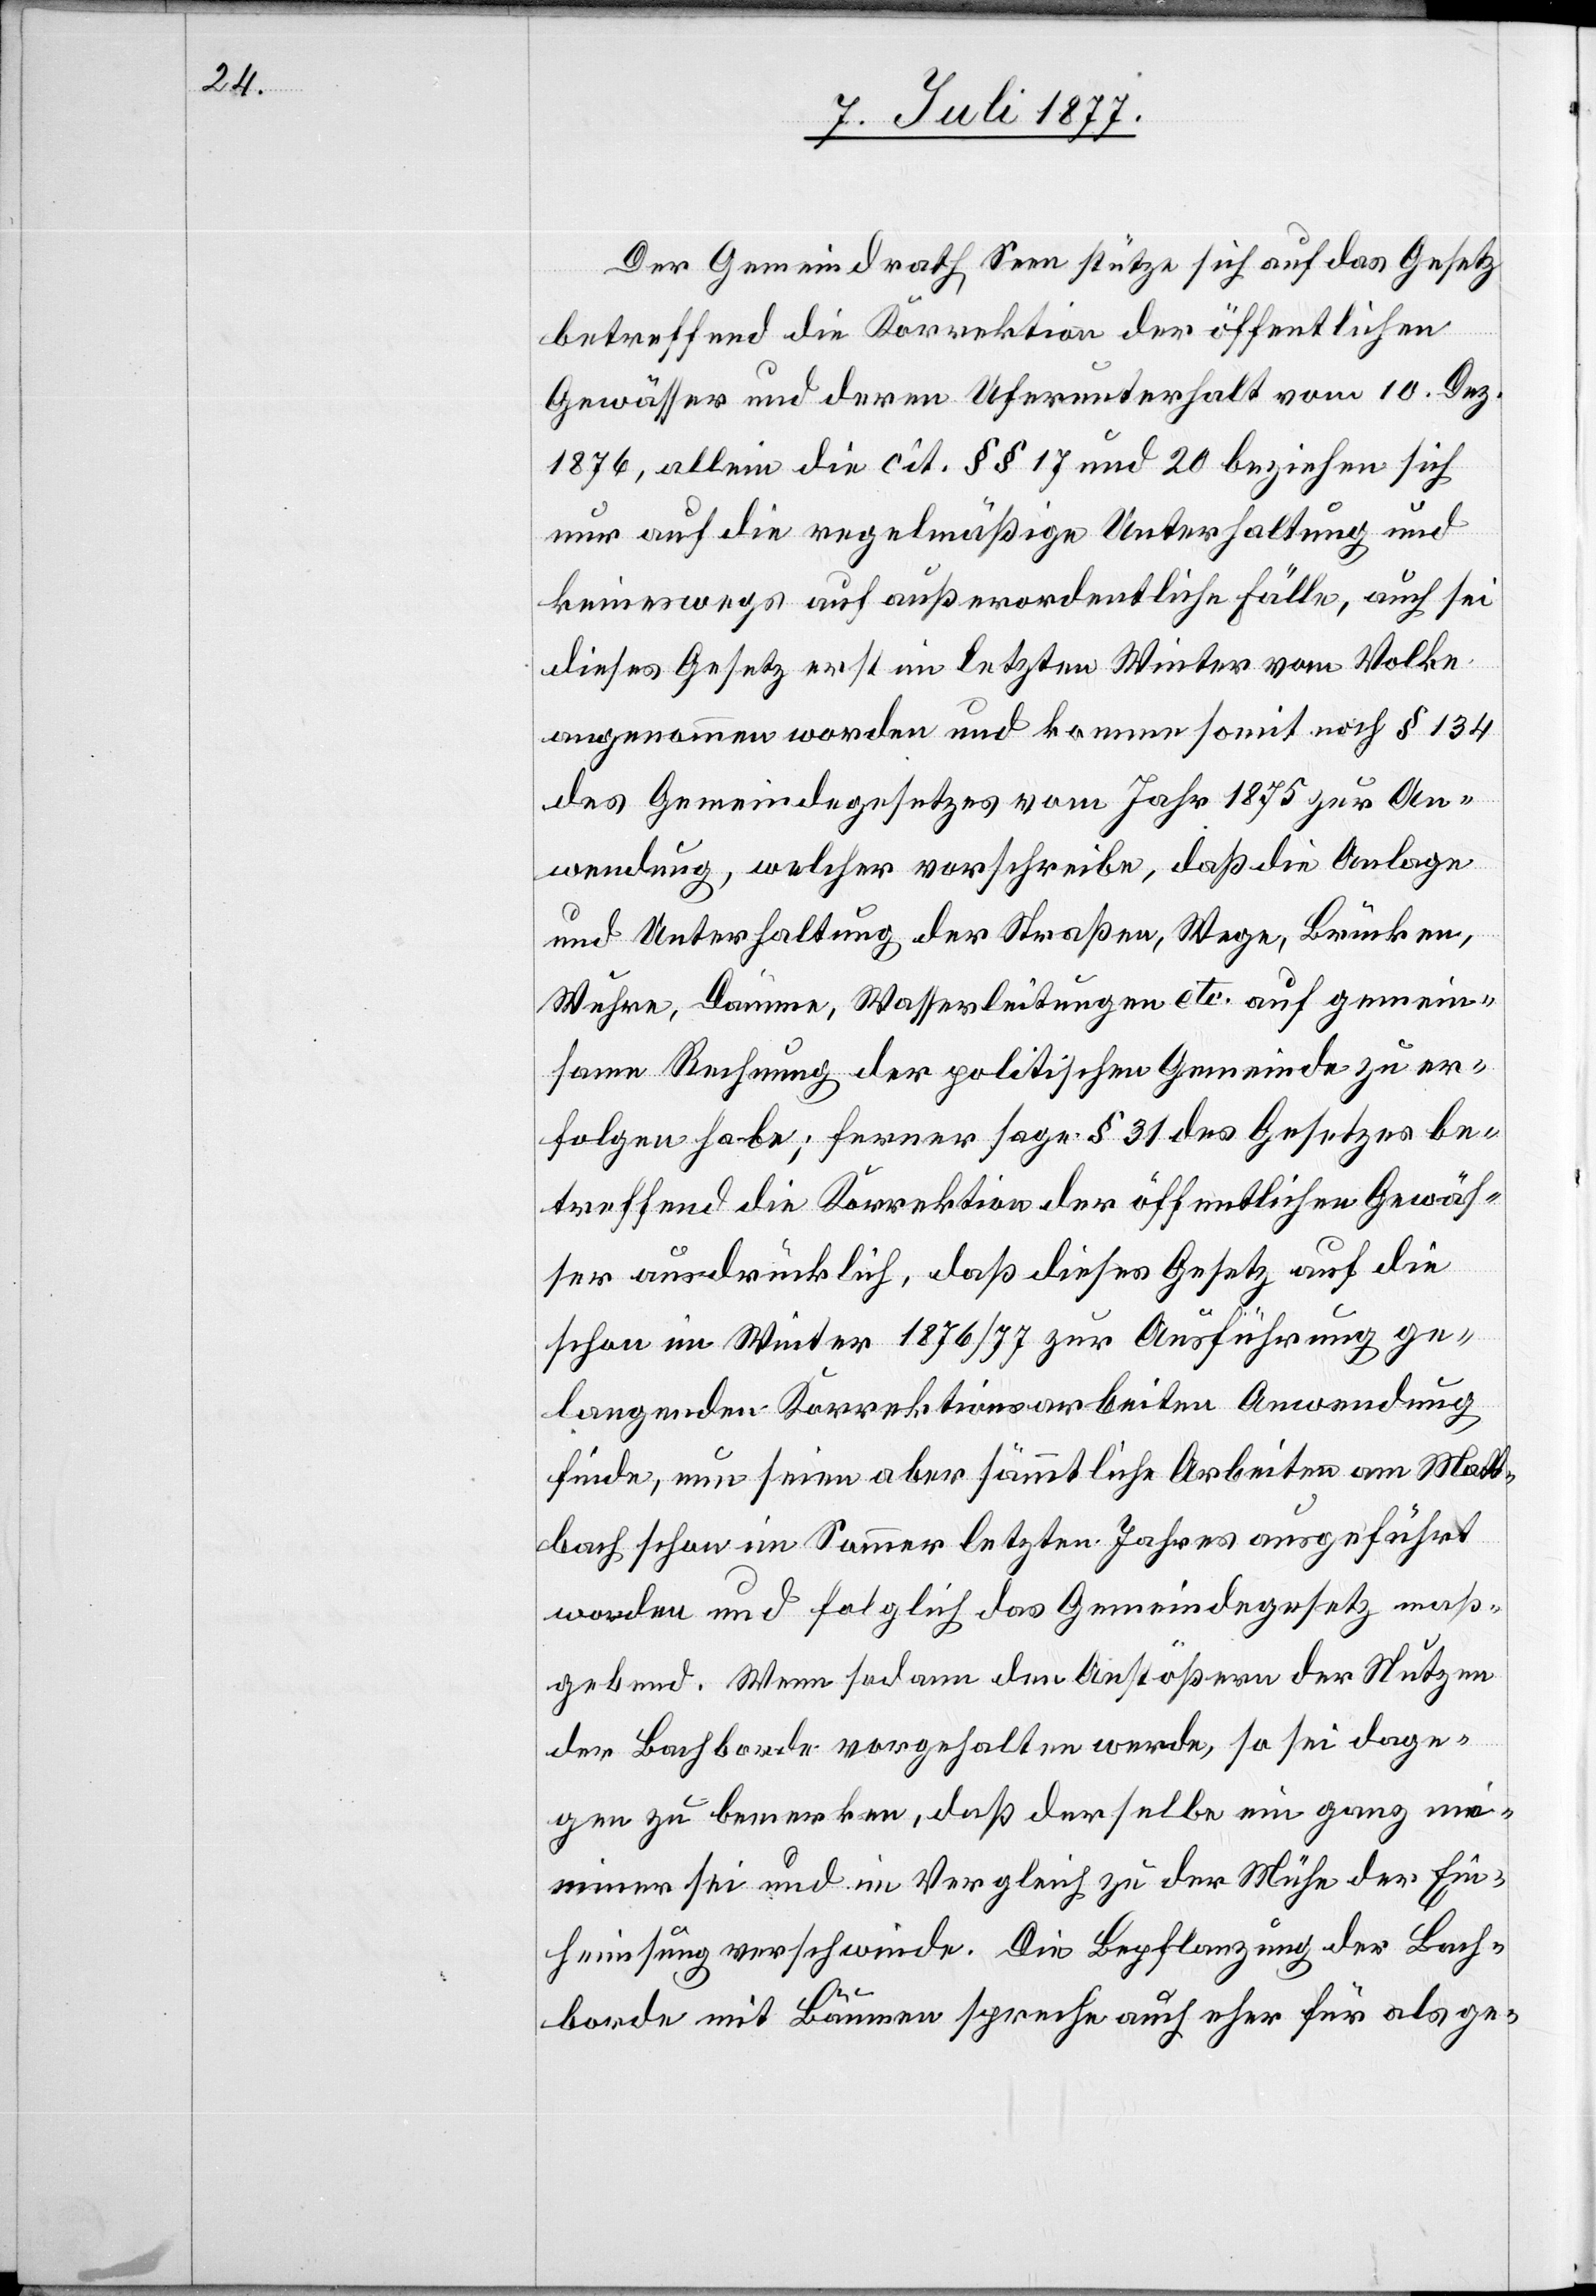
Der Gemeindrath Seen stütze sich auf das Gesetz
betreffend die Korrektion der öffentlichen
Gewässer und deren Uferunterhalt vom 10. Dez.
1876, allein die cit. §§ 17 und 20 beziehen sich
nur auf die regelmäßige Unterhaltung und
keineswegs auf außerordentliche Fälle, auch sei
dieses Gesetz erst im letzten Winter vom Volke
angenommen worden und komme somit noch § 134
des Gemeindegesetzes vom Jahr 1875 zur An¬
wendung, welcher vorschreibe, daß die Anlage
und Unterhaltung der Straßen, Wege, Brücken,
Wuhre, Dämme, Wasserleitungen etc. auf gemein¬
same Rechnung der politischen Gemeinde zu er¬
folgen habe; ferner sage § 31 des Gesetzes be¬
treffend die Korrektion der öffentlichen Gewäs¬
ser ausdrücklich, daß dieses Gesetz auf die
schon im Winter 1876/77 zur Ausführung ge¬
langenden Korrektionsarbeiten Anwendung
finde, nun seien aber sämmtliche Arbeiten am Matt¬
bach schon im Sommer letzten Jahres ausgeführt
worden und folglich das Gemeindegesetz maß¬
gebend. Wenn sodann den Anstößern der Nutzen
der Bachborde vorgehalten werde, so sei dage¬
gen zu bemerken, daß derselbe ein ganz min¬
imer sei und im Vergleich zu der Mühe der Ein¬
heimsung verschwinde. Die Bepflanzung der Bach¬
borde mit Bäumen spreche auch eher für als ge-